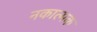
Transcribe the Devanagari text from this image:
नकात्मक